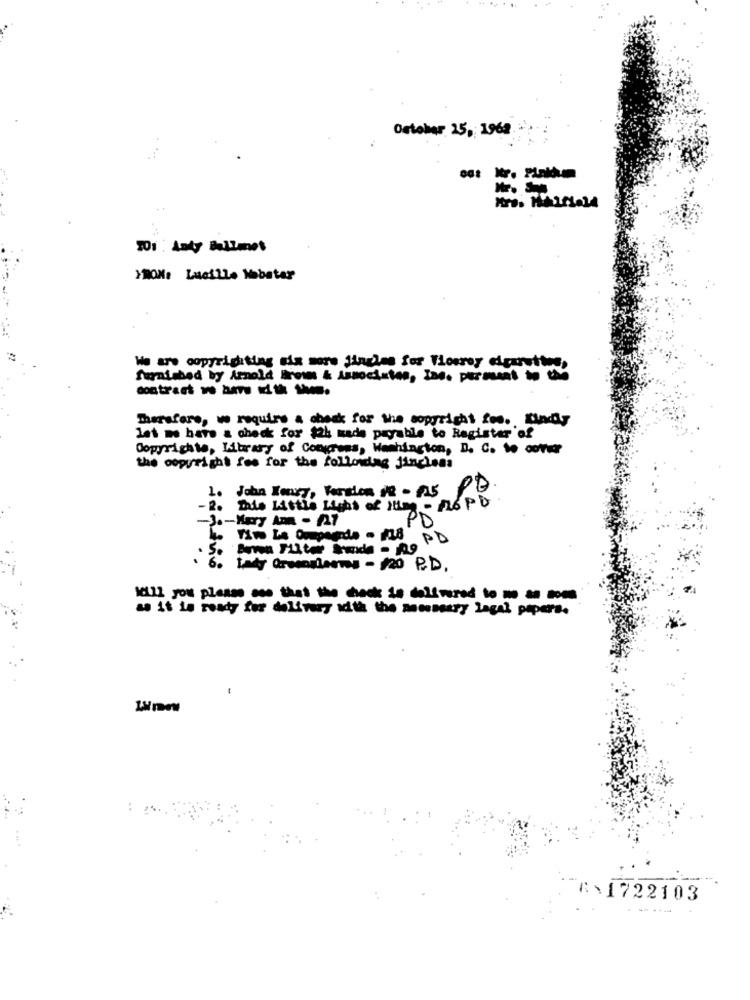
October 25, 1962.
JO1 : Anty Bellmnet
YMOM: Lucille Mobstar
We are copyrigiting six more jingles for Tiosroy cigarettes,
furnished by Arnold Biroim & Associates, Ine. perment to the
contract 1 5mn dt 1.
Thersfare, we require & check for the copyright fes. Lindy
let me have & check for $2h made payable to Register of
Copyrighte, Library of Congress, Washington, D. C. 1o outvar
the copyright fos for the following jingless
1. John Henry, Fordon 08 - 825
- 2. Date Little Light of 1UM - 26 PU
-3 .- Kary Am - 127
Le Tim LA Oupeerde . (18
. 5. Bora Filter Grande . no PD
. 6. taty Greensleeves - 20 P.D.
kill you please one that the back in hell wood toma
as it is ready for delivery with the newunsery lagal papers.
R:1722103